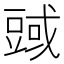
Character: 𧯱